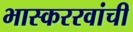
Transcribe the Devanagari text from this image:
भास्कररवांची